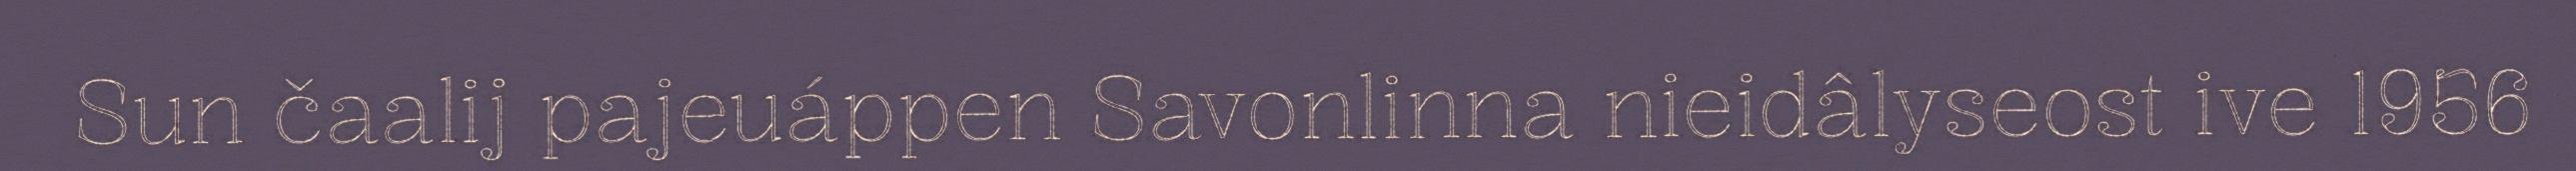
Sun čaalij pajeuáppen Savonlinna nieidâlyseost ive 1956